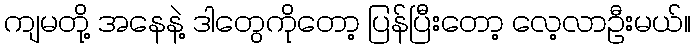
ကျမတို့ အနေနဲ့ ဒါတွေကိုတော့ ပြန်ပြီးတော့ လေ့လာဦးမယ်။